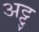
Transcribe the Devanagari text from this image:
अट्टु